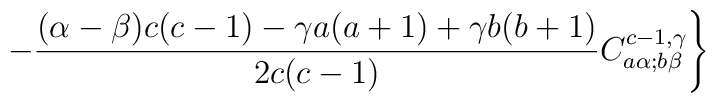
- \frac{(\alpha-\beta)c(c-1) - \gamma a(a+1) + \gamma b(b+1)}{2c(c-1)} C_{a\alpha;b\beta}^{c-1,\gamma}\Biggr\}